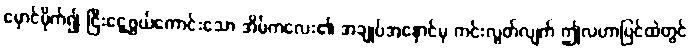
မှောင်မိုက်၍ ငြီးငွေ့ဖွယ်ကောင်းသော အိမ်ကလေး၏ အချုပ်အနှောင်မှ ကင်းလွတ်လျက် ဤလဟာပြင်ထဲတွင်